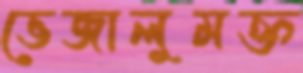
ভেজালুমক্ত